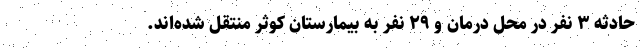
حادثه ۳ نفر در محل درمان و ۲۹ نفر به بیمارستان کوثر منتقل شده‌اند.